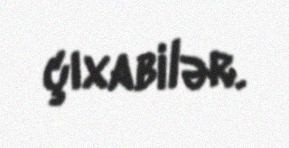
çıxabilər.